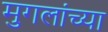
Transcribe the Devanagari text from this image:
मुगलांच्या